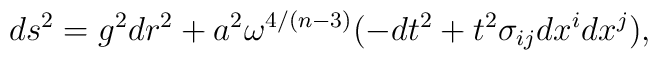
ds^{2}=g^{2}dr^{2}+a^{2}\omega ^{4/(n-3)}(-dt^{2}+t^{2}\sigma_{ij}dx^{i}dx^{j}),